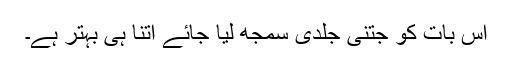
اس بات کو جتنی جلدی سمجھ لیا جائے اتنا ہی بہتر ہے۔